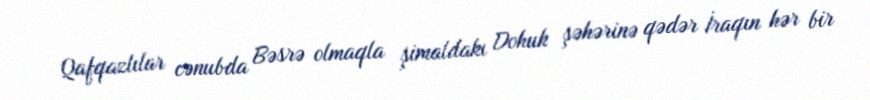
Qafqazlılar cənubda Bəsrə olmaqla şimaldakı Dohuk şəhərinə qədər İraqın hər bir